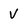
Character: V